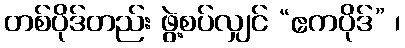
တစ်ပိုဒ်တည်း ဖွဲ့စပ်လျှင် “ဧကပိုဒ်” ၊